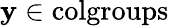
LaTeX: \mathbf{y}\in{\mathrm{{colgroups}}}